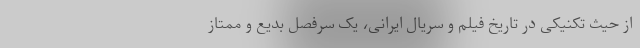
از حیث تکنیکی در تاریخ فیلم و سریال ایرانی، یک سرفصل بدیع و ممتاز